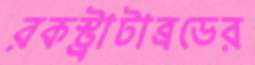
রকস্ট্রাটাব্রডের